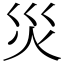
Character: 災